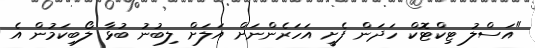
"އަސްލު ޓިކްޓޮކް ހަދަން ފެށީ އަހަރެންނަށް އަލަށް ލިބުނު ބުޅާ ލޯބިކަމުން އެ